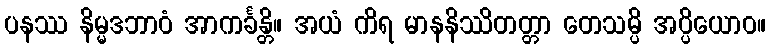
ပနဿ နိမ္မဒဘာဝံ အာကင်္ခန္တိ။ အယံ ကိရ မာနနိဿိတတ္တာ တေသမ္ပိ အပ္ပိယောဝ။